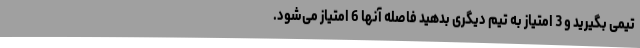
تیمی بگیرید و 3 امتیاز به تیم دیگری بدهید فاصله آنها 6 امتیاز می‌شود.